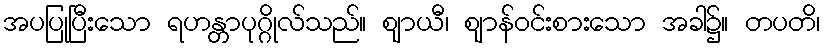
အပပြုပြီးသော ရဟန္တာပုဂ္ဂိုလ်သည်။ ဈာယီ၊ ဈာန်ဝင်းစားသော အခါ၌။ တပတိ၊